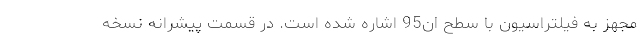
مجهز به فیلتراسیون با سطح ان95 اشاره شده است. در قسمت پیشرانه نسخه